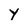
Character: Y